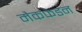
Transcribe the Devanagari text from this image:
मैकफेडन